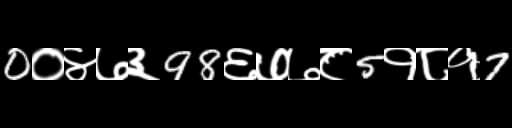
Text: 0०४७३98६७७८5१८१7